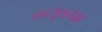
સફાયા